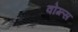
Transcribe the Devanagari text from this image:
वोग्त्स